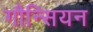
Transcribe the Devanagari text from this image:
गौन्सियन